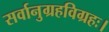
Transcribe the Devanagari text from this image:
सर्वानुग्रहविग्रहः।